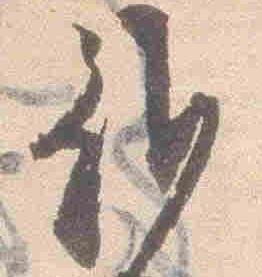
雖